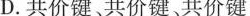
D.共价键、共价键、共价键